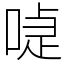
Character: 𠸝